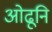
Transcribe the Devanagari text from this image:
ओढूनि